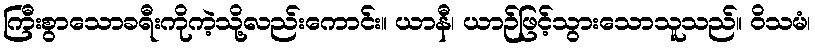
ကြီးစွာသောခရီးကိုကဲ့သို့လည်းကောင်း။ ယာနီ၊ ယာဉ်ဖြင့်သွားသောသူသည်။ ဝိသမံ၊